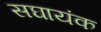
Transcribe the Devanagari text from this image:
सघायंक